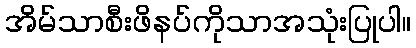
အိမ်သာစီးဖိနပ်ကိုသာအသုံးပြုပါ။